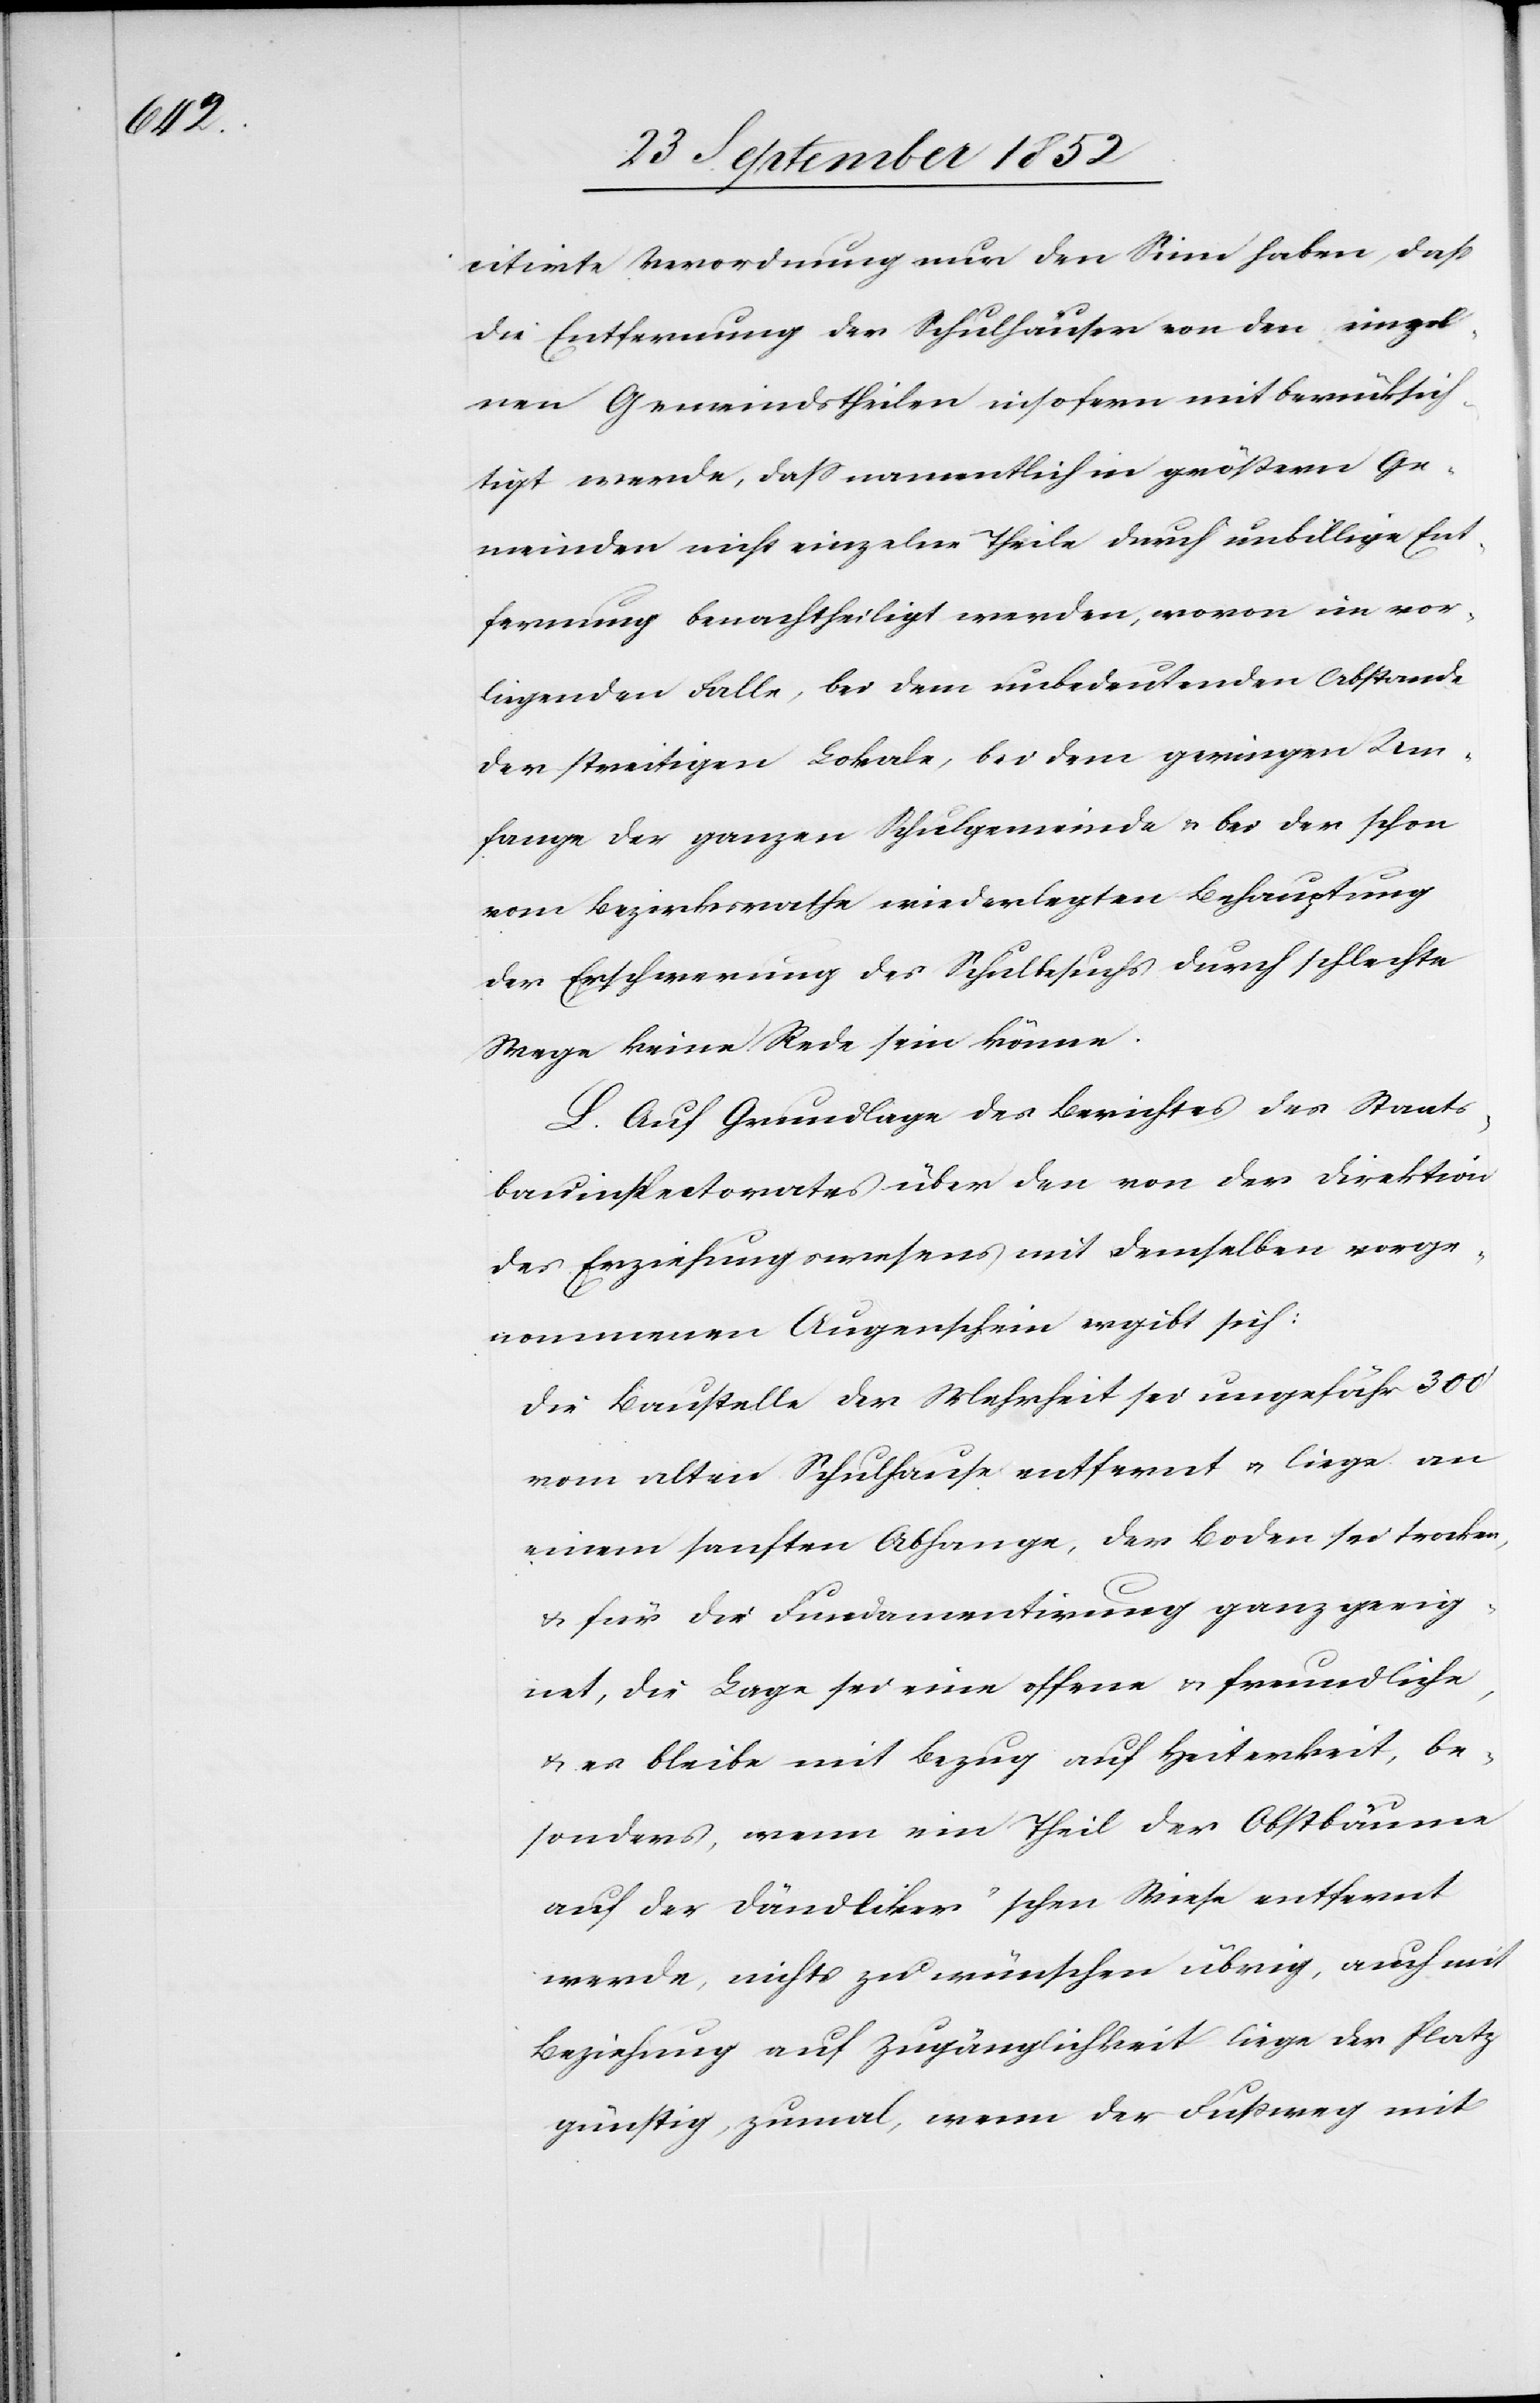
citirte Verordnung nur den Sinn haben, daß
die Entfernung der Schulhäuser von den einzel¬
nen Gemeindstheilen insofern mit berücksich¬
tigt werde, dass namentlich in größern Ge¬
meinden nicht einzelne Theile durch unbillige Ent¬
fernung benachtheiligt werden, wovon im vor¬
liegenden Falle, bei dem unbedeutenden Abstande
der streitigen Lokale, bei dem geringen Um¬
fange der ganzen Schulgemeinde & bei der schon
vom Bezirksrathe wiederlegten Behauptung
der Erschwerung des Schulbesuchs durch schlechte
Wege keine Rede sein könne.
L. Auf Grundlage des Berichtes des Staats¬
bauinspectorates über den von der Direktion
des Erziehungswesens mit demselben vorge¬
nommenen Augenschein ergibt sich:
Die Baustelle der Mehrheit sei ungefähr 300‘
vom alten Schulhause entfernt & liege an
einem sanften Abhange, der Boden sei trocken,
& für die Fundamentirung ganz geeig¬
net, die Lage sei eine offene & freundliche,
& es bleibe mit Bezug auf Heiterkeit, be¬
sonders, wenn ein Theil der Obstbäume
auf der Dändliker’schen Wiese entfernt
werde, nichts zu wünschen übrig, auch mit
Beziehung auf Zugänglichkeit liege der Platz
günstig, zumal, wenn der Fußweg mit